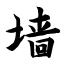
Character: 墙